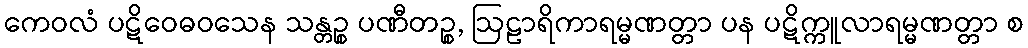
ကေဝလံ ပဋိဝေဓဝသေန သန္တဉ္စ ပဏီတဉ္စ, ဩဠာရိကာရမ္မဏတ္တာ ပန ပဋိက္ကူလာရမ္မဏတ္တာ စ